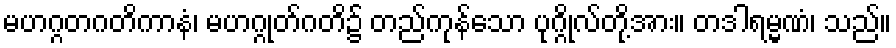
မဟဂ္ဂတဂတိကာနံ၊ မဟဂ္ဂုတ်ဂတိ၌ တည်ကုန်သော ပုဂ္ဂိုလ်တို့အား။ တဒါရမ္မဏံ၊ သည်။